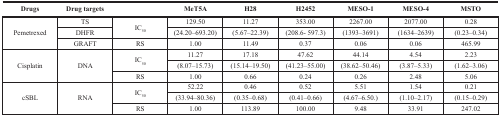
| Drugs | Drug targets |  | MeT5A | H28 | H2452 | MESO-1 | MESO-4 | MSTO |
 | --- | --- | --- | --- | --- | --- | --- | --- | --- |
 | <ROWSPAN=3> Pemetrexed | TS | <ROWSPAN=2> IC50 | 129.50 | 11.27 | 353.00 | 2267.00 | 2077.00 | 0.28 |
 | DHFR | (24.20–693.20) | (5.67–22.39) | (208.6- 597.3) | (1393–3691) | (1634–2639) | (0.23–0.34) |
 | GRAFT | RS | 1.00 | 11.49 | 0.37 | 0.06 | 0.06 | 465.99 |
 | <ROWSPAN=3> Cisplatin | <ROWSPAN=3> DNA | <ROWSPAN=2> IC50 | 11.27 | 17.18 | 47.62 | 44.14 | 4.54 | 2.23 |
 | (8.07–15.73) | (15.14–19.50) | (41.23–55.00) | (38.62–50.46) | (3.87–5.33) | (1.62–3.06) |
 | RS | 1.00 | 0.66 | 0.24 | 0.26 | 2.48 | 5.06 |
 | <ROWSPAN=3> cSBL | <ROWSPAN=3> RNA | <ROWSPAN=2> IC50 | 52.22 | 0.46 | 0.52 | 5.51 | 1.54 | 0.21 |
 | (33.94–80.36) | (0.35–0.68) | (0.41–0.66) | (4.67–6.50.) | (1.10–2.17) | (0.15–0.29) |
 | RS | 1.00 | 113.89 | 100.00 | 9.48 | 33.91 | 247.02 |